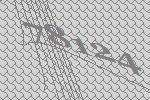
78124